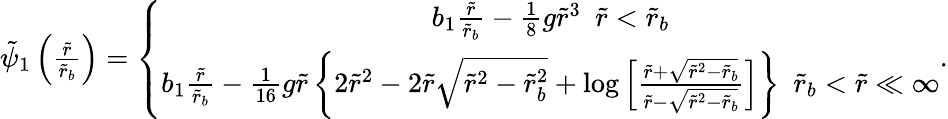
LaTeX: \begin{array}{r}{\tilde{\psi}_{1}\left(\frac{\tilde{r}}{\tilde{r}_{b}}\right)=\left\{ \begin{array}{c}{b_{1}\frac{\tilde{r}}{\tilde{r}_{b}}-\frac{1}{8}g\tilde{r}^{3}~~\tilde{r}<\tilde{r}_{b}}\\ {b_{1}\frac{\tilde{r}}{\tilde{r}_{b}}-\frac{1}{16}g\tilde{r}\left\{ 2\tilde{r}^{2}-2\tilde{r}\sqrt{\tilde{r}^{2}-\tilde{r}_{b}^{2}}+\log\left[\frac{\tilde{r}+\sqrt{\tilde{r}^{2}-\tilde{r}_{b}}}{\tilde{r}-\sqrt{\tilde{r}^{2}-\tilde{r}_{b}}}\right]\right\} ~~\tilde{r}_{b}<\tilde{r}\ll\infty}\end{array}\right..}\end{array}